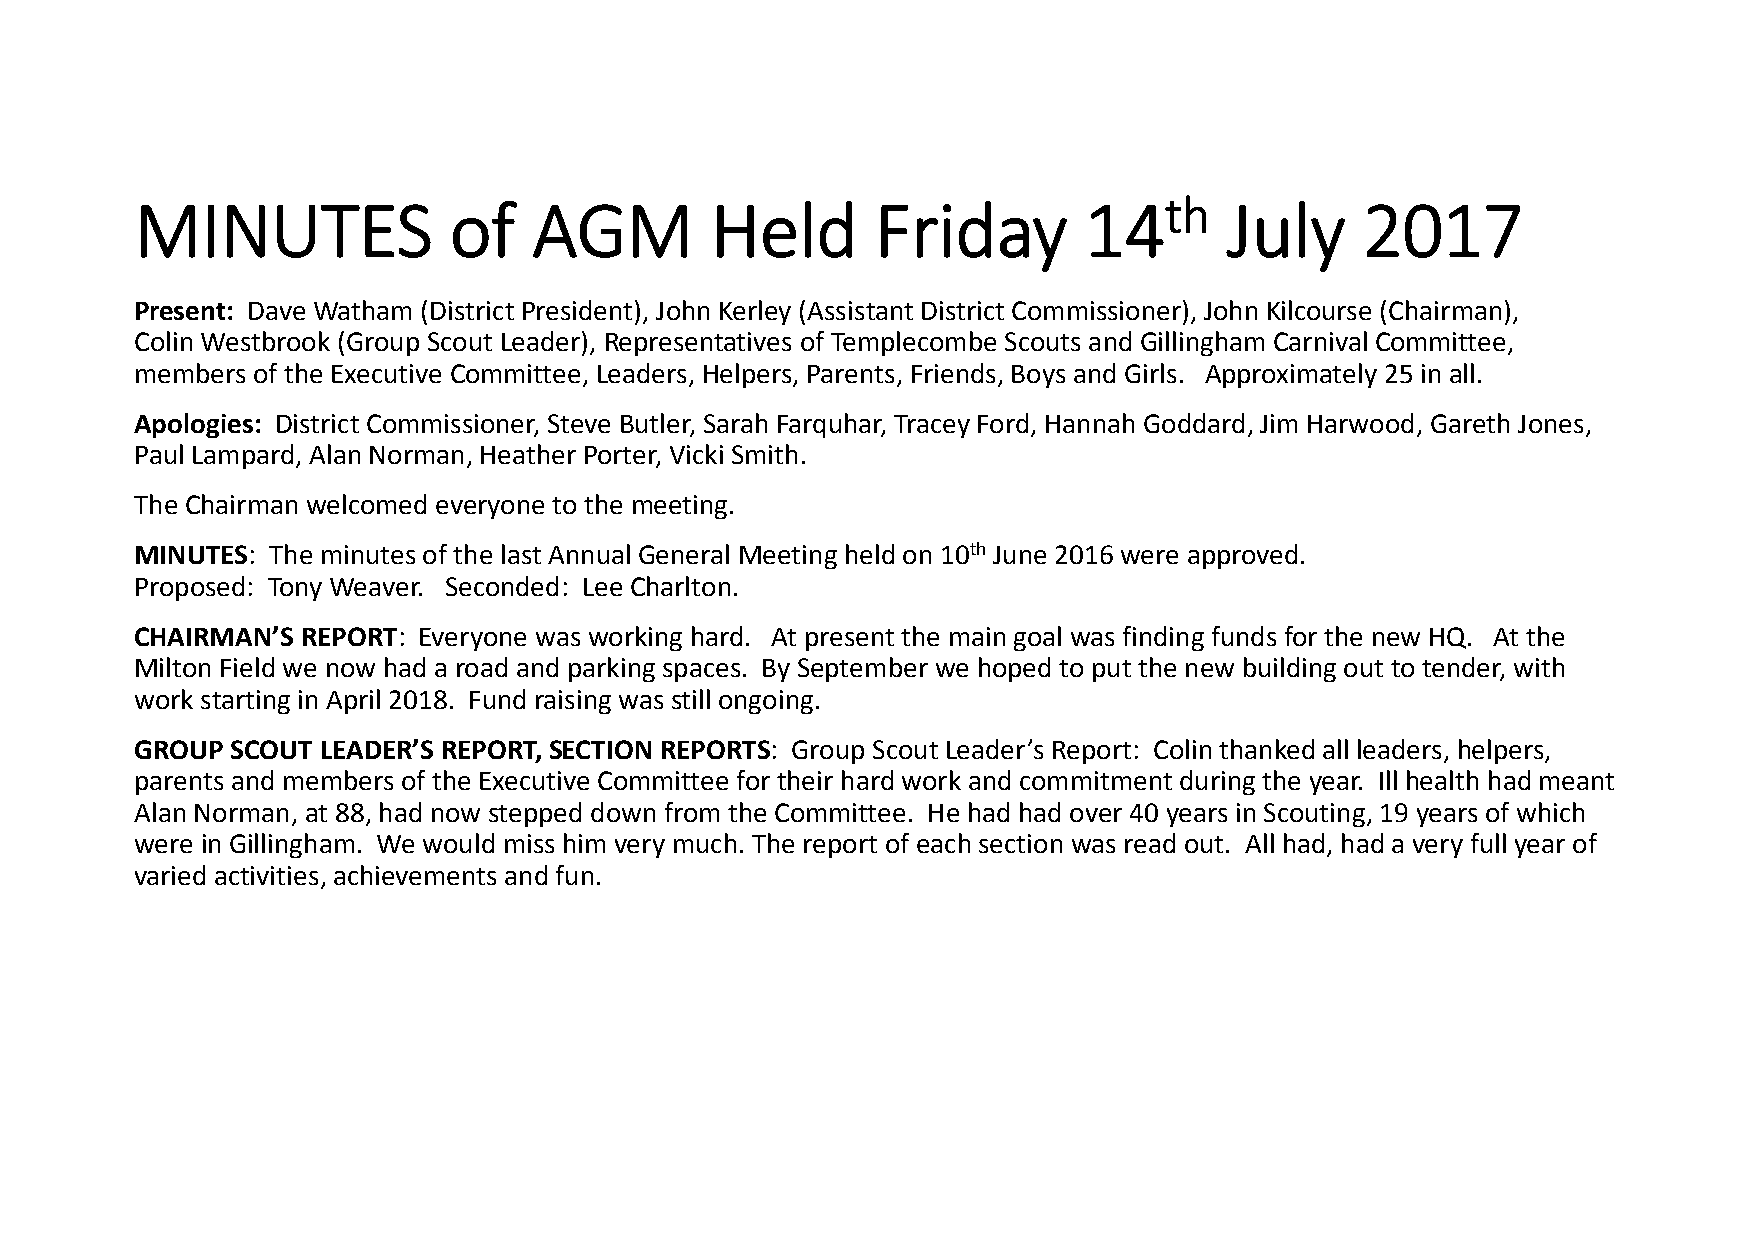
MINUTES              of   AGM         Held       Friday        14th     July     2017
 Present: Dave Watham (District President), John Kerley (Assistant District Commissioner), John Kilcourse (Chairman),
 Colin Westbrook (Group Scout Leader), Representatives of Templecombe Scouts and Gillingham Carnival Committee,
 members of the Executive Committee, Leaders, Helpers, Parents, Friends, Boys and Girls. Approximately 25 in all.
 Apologies: District Commissioner, Steve Butler, Sarah Farquhar, Tracey Ford, Hannah Goddard, Jim Harwood, Gareth Jones,
 Paul Lampard, Alan Norman, Heather Porter, Vicki Smith.
 The Chairman welcomed everyone to the meeting.
 MINUTES: The minutes of the last Annual General Meeting held on 10th June 2016 were approved.
 Proposed: Tony Weaver. Seconded: Lee Charlton.
 CHAIRMAN’S REPORT: Everyone was working hard. At present the main goal was finding funds for the new HQ. At the
 Milton Field we now had a road and parking spaces. By September we hoped to put the new building out to tender, with
 work starting in April 2018. Fund raising was still ongoing.
 GROUP SCOUT LEADER’S REPORT, SECTION REPORTS: Group Scout Leader’s Report: Colin thanked all leaders, helpers,
 parents and members of the Executive Committee for their hard work and commitment during the year. Ill health had meant
 Alan Norman, at 88, had now stepped down from the Committee. He had had over 40 years in Scouting, 19 years of which
 were in Gillingham. We would miss him very much. The report of each section was read out. All had, had a very full year of
 varied activities, achievements and fun.